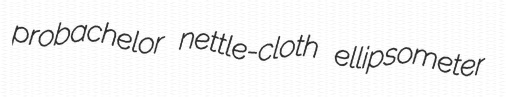
probachelor nettle-cloth ellipsometer